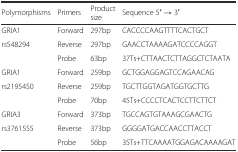
<table><thead><tr><td><b>Polymorphisms</b></td><td><b>Primers</b></td><td><b>Product size</b></td><td><b>Sequence 5′ → 3′</b></td></tr></thead><tbody><tr><td>GRIA1</td><td>Forward</td><td>297bp</td><td>CACCCCAAGTTTTCACTGCT</td></tr><tr><td>rs548294</td><td>Reverse</td><td>297bp</td><td>GAACCTAAAAGATCCCCAGGT</td></tr><tr><td></td><td>Probe</td><td>63bp</td><td>37Ts+CTTAACTCTTAGGCTCTAATA</td></tr><tr><td>GRIA1</td><td>Forward</td><td>259bp</td><td>GCTGGAGGAGTCCAGAACAG</td></tr><tr><td>rs2195450</td><td>Reverse</td><td>259bp</td><td>TGCTTGGTAGATGGTGCTTG</td></tr><tr><td></td><td>Probe</td><td>70bp</td><td>45Ts+CCCCTCACTCCTTCTTCT</td></tr><tr><td>GRIA3</td><td>Forward</td><td>373bp</td><td>TGCCAGTGTAAAGCGAACTG</td></tr><tr><td>rs3761555</td><td>Reverse</td><td>373bp</td><td>GGGGATGACCAACCTTACCT</td></tr><tr><td></td><td>Probe</td><td>56bp</td><td>35Ts+TTCAAAATGGAGACAAAAGAT</td></tr></tbody></table>